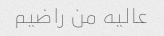
عالیه من راضیم